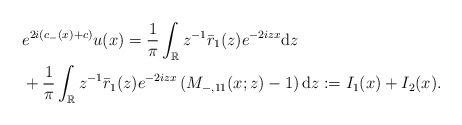
\begin{align*}&e^{2i(c_-(x)+c)} u(x) =\frac{1}{\pi} \int_{\mathbb{R}} z^{-1} \bar{r}_1(z) e^{-2izx} \mathrm{d}z \\&+\frac{1}{\pi} \int_{\mathbb{R}}z^{-1} \bar{r}_1(z) e^{-2izx}\left(M_{-,11}(x;z)-1\right) \mathrm{d}z :=I_1(x)+I_2(x).\end{align*}